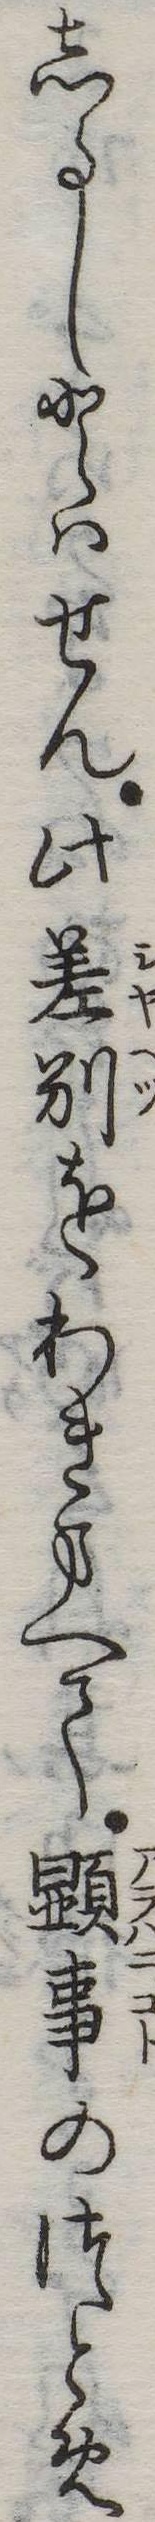
しるしとはせん此差別をわきまへて顕事のつとめ